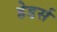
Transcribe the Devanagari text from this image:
हेडर्स